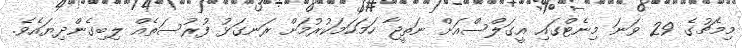
މިމެޗުގެ 29 ވަނަ މިނެޓްގައި އީގަލްސްއަށް ނަތީޖާ ހަމަހަމަކުރުމަށް ރަނގަޅު ފުރުސަތެއް ލިބިގެންދިޔައެވެ.